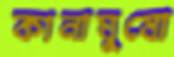
কানাঘুষো